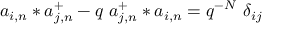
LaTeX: a _ { i , n } * a _ { j , n } ^ { + } - q \ a _ { j , n } ^ { + } * a _ { i , n } = q ^ { - N } \ \delta _ { i j }